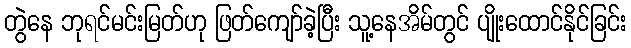
တွဲနေ ဘုရင်မင်းမြတ်ဟု ဖြတ်ကျော်ခဲ့ပြီး သူ့နေအိမ်တွင် ပျိုးထောင်နိုင်ခြင်း